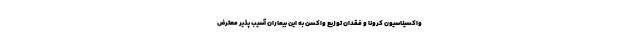
واکسیناسیون کرونا و فقدان توزیع واکسن به این بیماران آسیب پذیر معترض